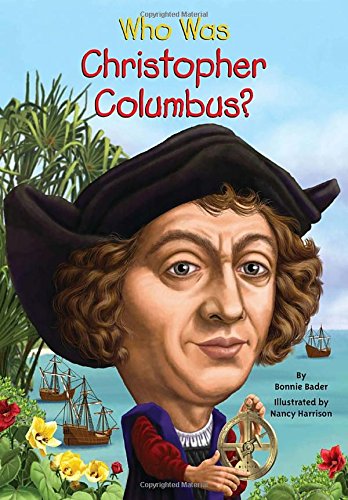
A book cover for Who Was Christopher Columbus?; Bonnie Bader; Children's Books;